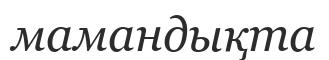
мамандықта